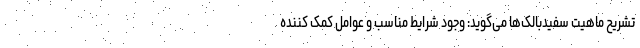
تشریح ماهیت سفیدبالک‌ها می‌گوید: وجود شرایط مناسب و عوامل کمک کننده